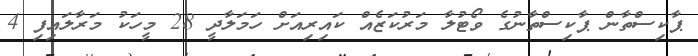
ޕާކިސްތާން ޕާކިސްތާނުގެ ވޯޓުލާ މަރުކަޒެއް ކައިރިއަށް ހަމަލާދީ 28 މީހަކު މަރާލައިފި 4